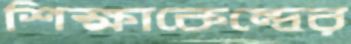
শিক্ষাকেন্দ্রের